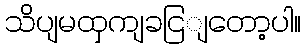
သိပျမထှကျခငြျတော့ပါ။